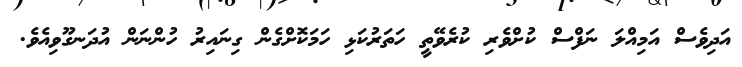
އަދިވެސް އަމިއްލަ ނަފްސް ކުށްވެރި ކުރެވޭތީ ހަތަރުކަޅި ހަމަކޮށްގެން ގިނައިރު ހުންނަން އުދަނގޫވިއެވެ.